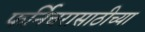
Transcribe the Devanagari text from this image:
फर्निचरासाठीच्या